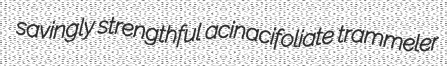
savingly strengthful acinacifoliate trammeler